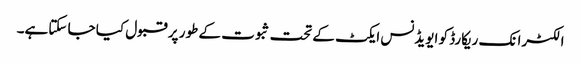
الکٹرانک ریکارڈ کو ایویڈنس ایکٹ کے تحت ثبوت کے طور پر قبول کیا جا سکتاہے۔